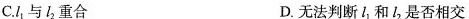
C.l_{1}与l_{2}重合 D.无法判断l_{1}和l_{2}是否相交